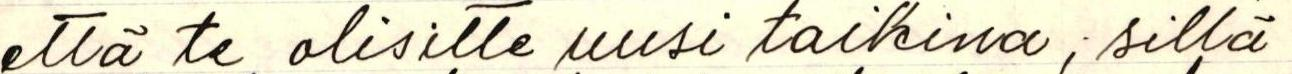
että te olisitte uusi taikina; sillä